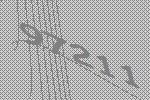
97211